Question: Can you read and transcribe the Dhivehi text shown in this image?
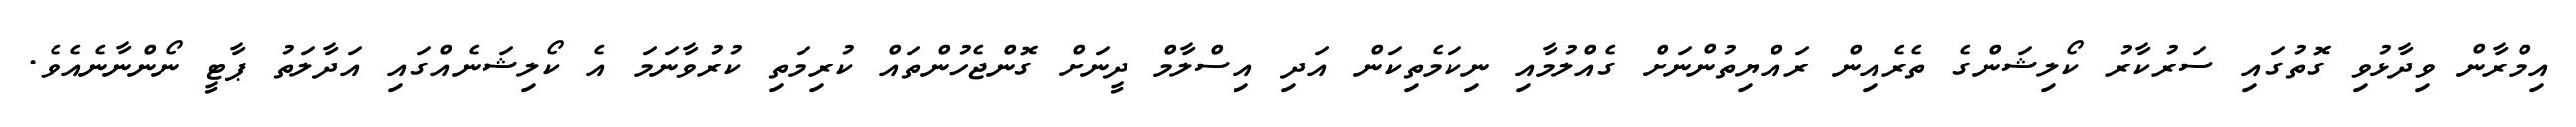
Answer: އިމްރާން ވިދާޅުވި ގޮތުގައި ސަރުކާރު ކޯލިޝަންގެ ތެރެއިން ރައްޔިތުންނަށް ގެއްލުމާއި ނިކަމެތިކަން އަދި އިސްލާމް ދީނަށް ގޮންޖެހުންތައް ކުރިމަތި ކުރުވާނަމަ އެ ކޯލިޝަނެއްގައި އަދާލަތު ޕާޓީ ނޯންނާނެއެވެ.